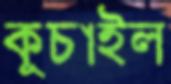
কুচাইল